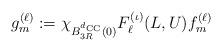
LaTeX: \begin{align*}g_{m}^{(\ell)}:= \chi_{B_{3R}^{d_{\mathrm{CC}}}(0)} F_\ell^{(\iota)}(L,U) f_{m}^{(\ell)}\end{align*}